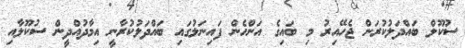
ސުކޫލް ބައްދަލުކުރަން ޖެހޭއިރު މި ބައިގެ އަންހެން ފައިނަލުގައި ބައްދަލުކުރާނީ އިމާދުއްދީން ސުކޫލާއި